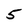
Character: 5